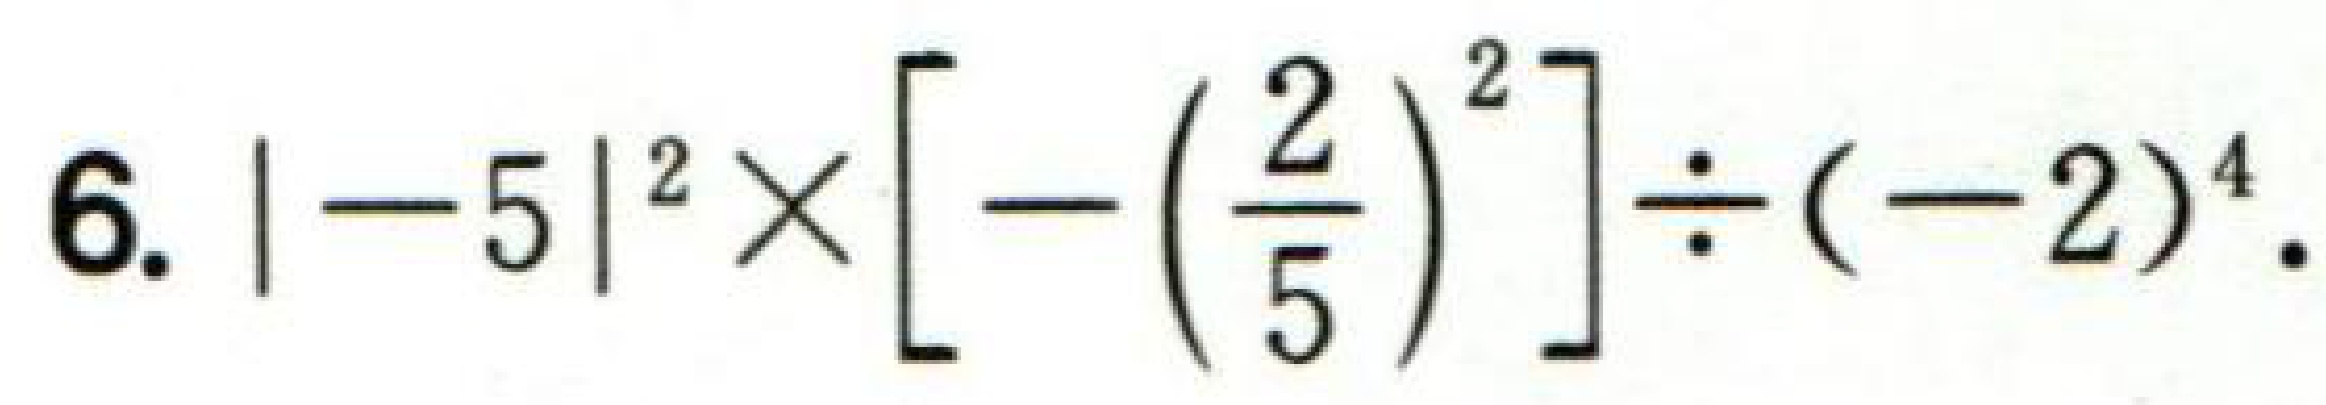
$6.| - 5|^{2}\times\left[-\left(\frac{2}{5}\right)^{2}\right]\div(-2)^{4}.$